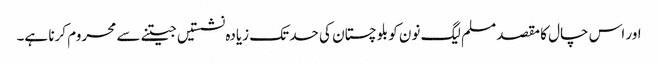
اور اس چال کا مقصد مسلم لیگ نون کو بلوچستان کی حد تک زیادہ نشستیں جیتنے سے محروم کرنا ہے۔